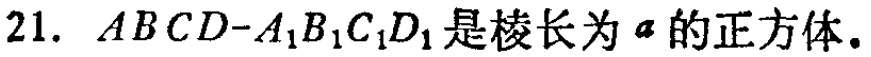
$21.\ ABCD - A_{1}B_{1}C_{1}D_{1}是棱长为a的正方体.$